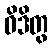
ဝိဒိတွ